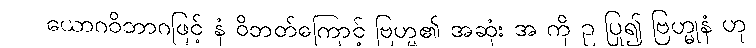
ယောဂဝိဘာဂဖြင့် နံ ဝိဘတ်ကြောင့် ဗြဟ္မ၏ အဆုံး အ ကို ဥ ပြု၍ ဗြဟ္မုနံ ဟု